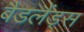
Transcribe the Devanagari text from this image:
बैडलैंड्स